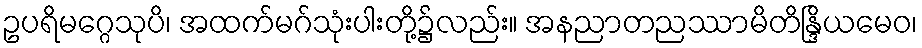
ဥပရိမဂ္ဂေသုပိ၊ အထက်မဂ်သုံးပါးတို့၌လည်း။ အနညာတညဿာမိတိန္ဒြိယမေဝ၊